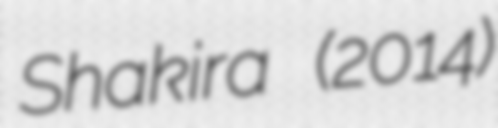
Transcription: Shakira (2014)